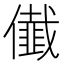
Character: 𭀁